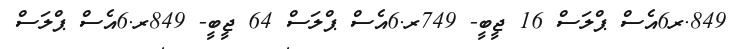
849.ރ6އެސް ޕްލަސް 16 ޖީބީ- 749ރ.6އެސް ޕްލަސް 64 ޖީބީ- 849ރ.6އެސް ޕްލަސް